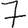
Digit: 7